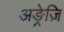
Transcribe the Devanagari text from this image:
अङ्रेज़ि